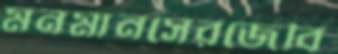
মনমানসেরজেবি